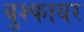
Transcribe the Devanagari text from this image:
बुश्फायर